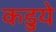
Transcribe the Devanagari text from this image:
कडुये